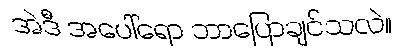
အဲဒီ အပေါ်ရော ဘာပြောချင်သလဲ။